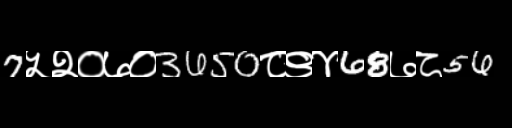
Text: 7५२०७०3650८९४68७८56